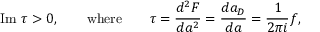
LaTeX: \mathrm { I m } \ \tau > 0 , \qquad \mathrm { w h e r e } \qquad \tau = \frac { d ^ { 2 } F } { d a ^ { 2 } } = \frac { d a _ { D } } { d a } = \frac { 1 } { 2 \pi i } f ,